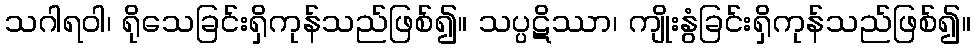
သဂါရဝါ၊ ရိုသေခြင်းရှိကုန်သည်ဖြစ်၍။ သပ္ပဋိဿာ၊ ကျိုးနွံခြင်းရှိကုန်သည်ဖြစ်၍။